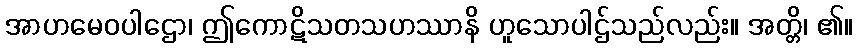
အာဟမေဝပါဌော၊ ဤကောဋိသတသဟဿာနိ ဟူသောပါဌ်သည်လည်း။ အတ္တိ၊ ၏။